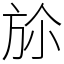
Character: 㫆